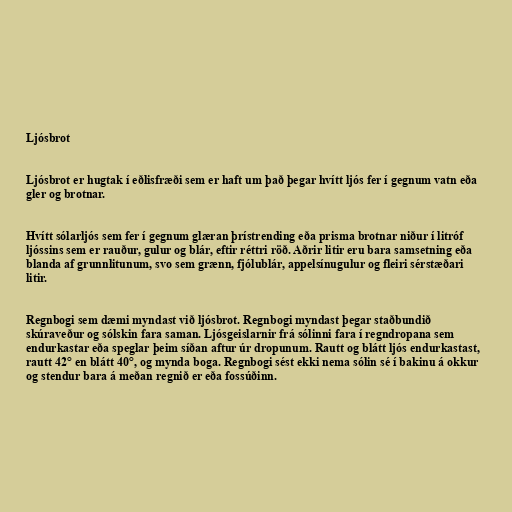
Ljósbrot

Ljósbrot er hugtak í eðlisfræði sem er haft um það þegar hvítt ljós fer í gegnum vatn eða
gler og brotnar.

Hvítt sólarljós sem fer í gegnum glæran þrístrending eða prisma brotnar niður í litróf
ljóssins sem er rauður, gulur og blár, eftir réttri röð. Aðrir litir eru bara samsetning eða
blanda af grunnlitunum, svo sem grænn, fjólublár, appelsínugulur og fleiri sérstæðari
litir.

Regnbogi sem dæmi myndast við ljósbrot. Regnbogi myndast þegar staðbundið
skúraveður og sólskin fara saman. Ljósgeislarnir frá sólinni fara í regndropana sem
endurkastar eða speglar þeim síðan aftur úr dropunum. Rautt og blátt ljós endurkastast,
rautt 42° en blátt 40°, og mynda boga. Regnbogi sést ekki nema sólin sé í bakinu á okkur
og stendur bara á meðan regnið er eða fossúðinn.